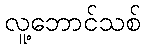
လူ့ဘောင်သစ်